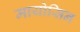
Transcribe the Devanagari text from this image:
मायोसिन